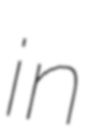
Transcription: in